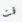
قمت